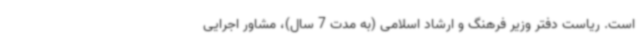
است. ریاست دفتر وزیر فرهنگ و ارشاد اسلامی (به مدت 7 سال)، مشاور اجرایی